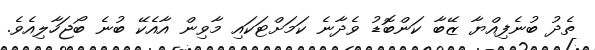
ތެދު ބުނެފިއްޔާ ޒޭބާ ކަންބޮޑު ވެދާނެ ކަމަށްޓަކައި މާވިން އާއެކޭ ބުނެ ބޯޖަހާލިއެވެ.